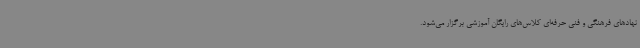
نهادهای فرهنگی و فنی حرفه‌ای کلاس‌های رایگان آموزشی برگزار می‌شود.